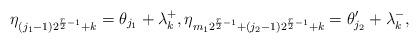
LaTeX: \begin{align*} \eta_{(j_1-1)2^{{r\over 2}-1}+k}= \theta_{j_1} + \lambda_k^+, \eta_{m_12^{{r\over 2}-1}+(j_2-1)2^{{r\over 2}-1}+k}= \theta_{j_2}' + \lambda_k^- , \end{align*}